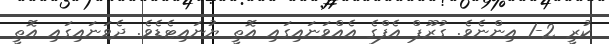
ކުރީ 2-1 އިންނެވެ. ގުރޫޕް އެފްގެ އެއްވަނައިގައި އޮތީ ޔުނައިޓެޑެވެ. ދެވަނައިގައި އޮތީ